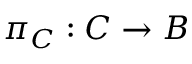
\pi _ { { \cal { C } } } : { \cal { C } } \rightarrow B